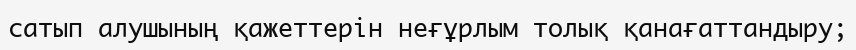
сатып алушының қажеттерін неғұрлым толық қанағаттандыру;